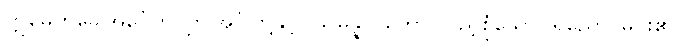
ဣမေဟိခေါအင်္ဂေဟိ၊ ဤအင်္ဂါတို့နှင့်။ သမန္နာဂတော၊ ပြည့်စုံသော။ ရညော၊ မင်း၏။